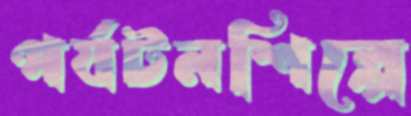
পর্যটনশিল্পে